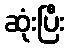
ဆုံးပြီး